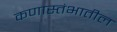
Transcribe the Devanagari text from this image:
कणास्तंभातील